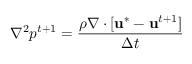
\nabla ^ { 2 } p ^ { t + 1 } = \frac { \rho \nabla \cdot [ \mathbf { u } ^ { * } - \mathbf { u } ^ { t + 1 } ] } { \Delta t }